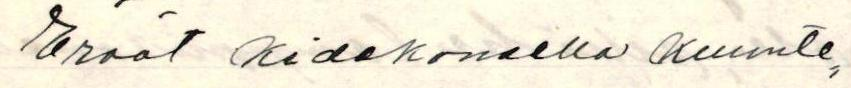
Eräät kidekoneella kuunte=